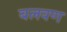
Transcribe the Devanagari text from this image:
बलवण